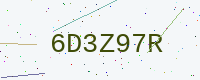
Text: 6D3Z97R